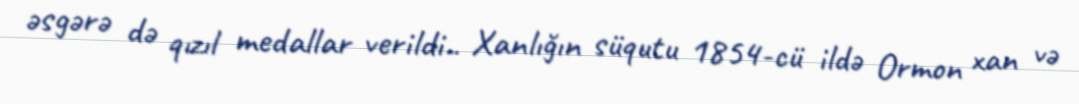
əsgərə də qızıl medallar verildi.. Xanlığın süqutu 1854-cü ildə Ormon xan və